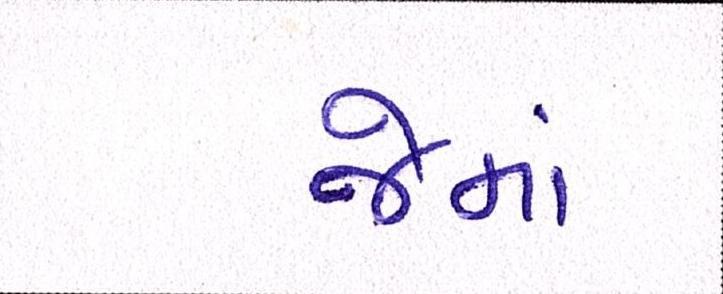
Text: જેમાં